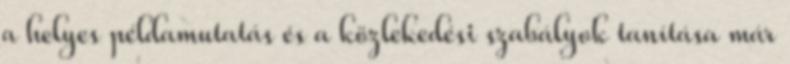
a helyes példamutatás és a közlekedési szabályok tanítása már